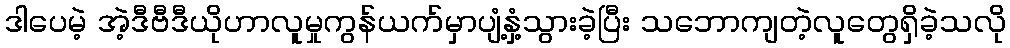
ဒါပေမဲ့ အဲ့ဒီဗီဒီယိုဟာလူမှုကွန်ယက်မှာပျံ့နှံ့သွားခဲ့ပြီး သဘောကျတဲ့လူတွေရှိခဲ့သလို